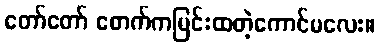
တော်တော် စောက်ကမြင်းထတဲ့ကောင်မလေး။